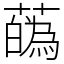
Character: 蘤